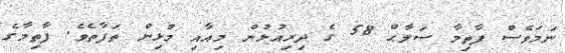
ނަމަވެސް ފާތިމާ ޞަލާޙް 58 ގެ ދިރިއުޅުން މިއާއި މުޅިން ތަފާތެވެ. ފާތިމާގެ